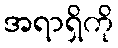
အရာရှိကို